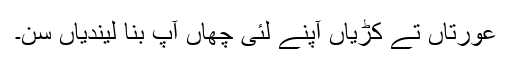
عورتاں تے کُڑیاں آپنے لئی چھاں آپ بنا لیندیاں سن۔